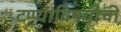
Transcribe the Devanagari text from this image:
टप्प्यांविषयीची